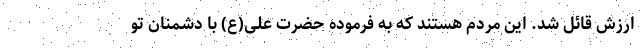
ارزش قائل شد. این مردم هستند که به فرموده حضرت علی(ع) با دشمنان تو